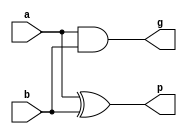
(* DONT_TOUCH = "TRUE" *) module pg_gen(
    a,b,g,p
);
input a;
input b;
output g;
output p;

assign g = a & b;   // carry 
assign p = a ^ b;   // sum 

endmodule